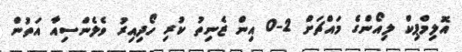
އޮލިމްޕިކް ލިއޯންގެ މައްޗަށް 2-0 އިން ޒެނިތު ކުރި ހޯދިއިރު ވެލެންސިއާ އަތުން